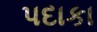
પદાકા